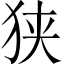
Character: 狭